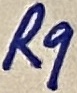
Text: R9